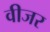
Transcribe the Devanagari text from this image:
वीजर